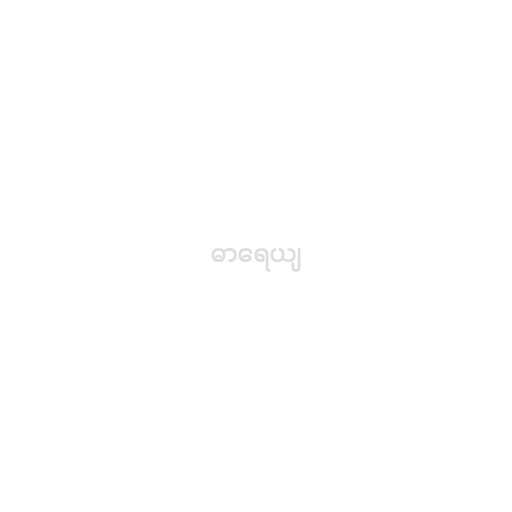
ဓာရေယျ